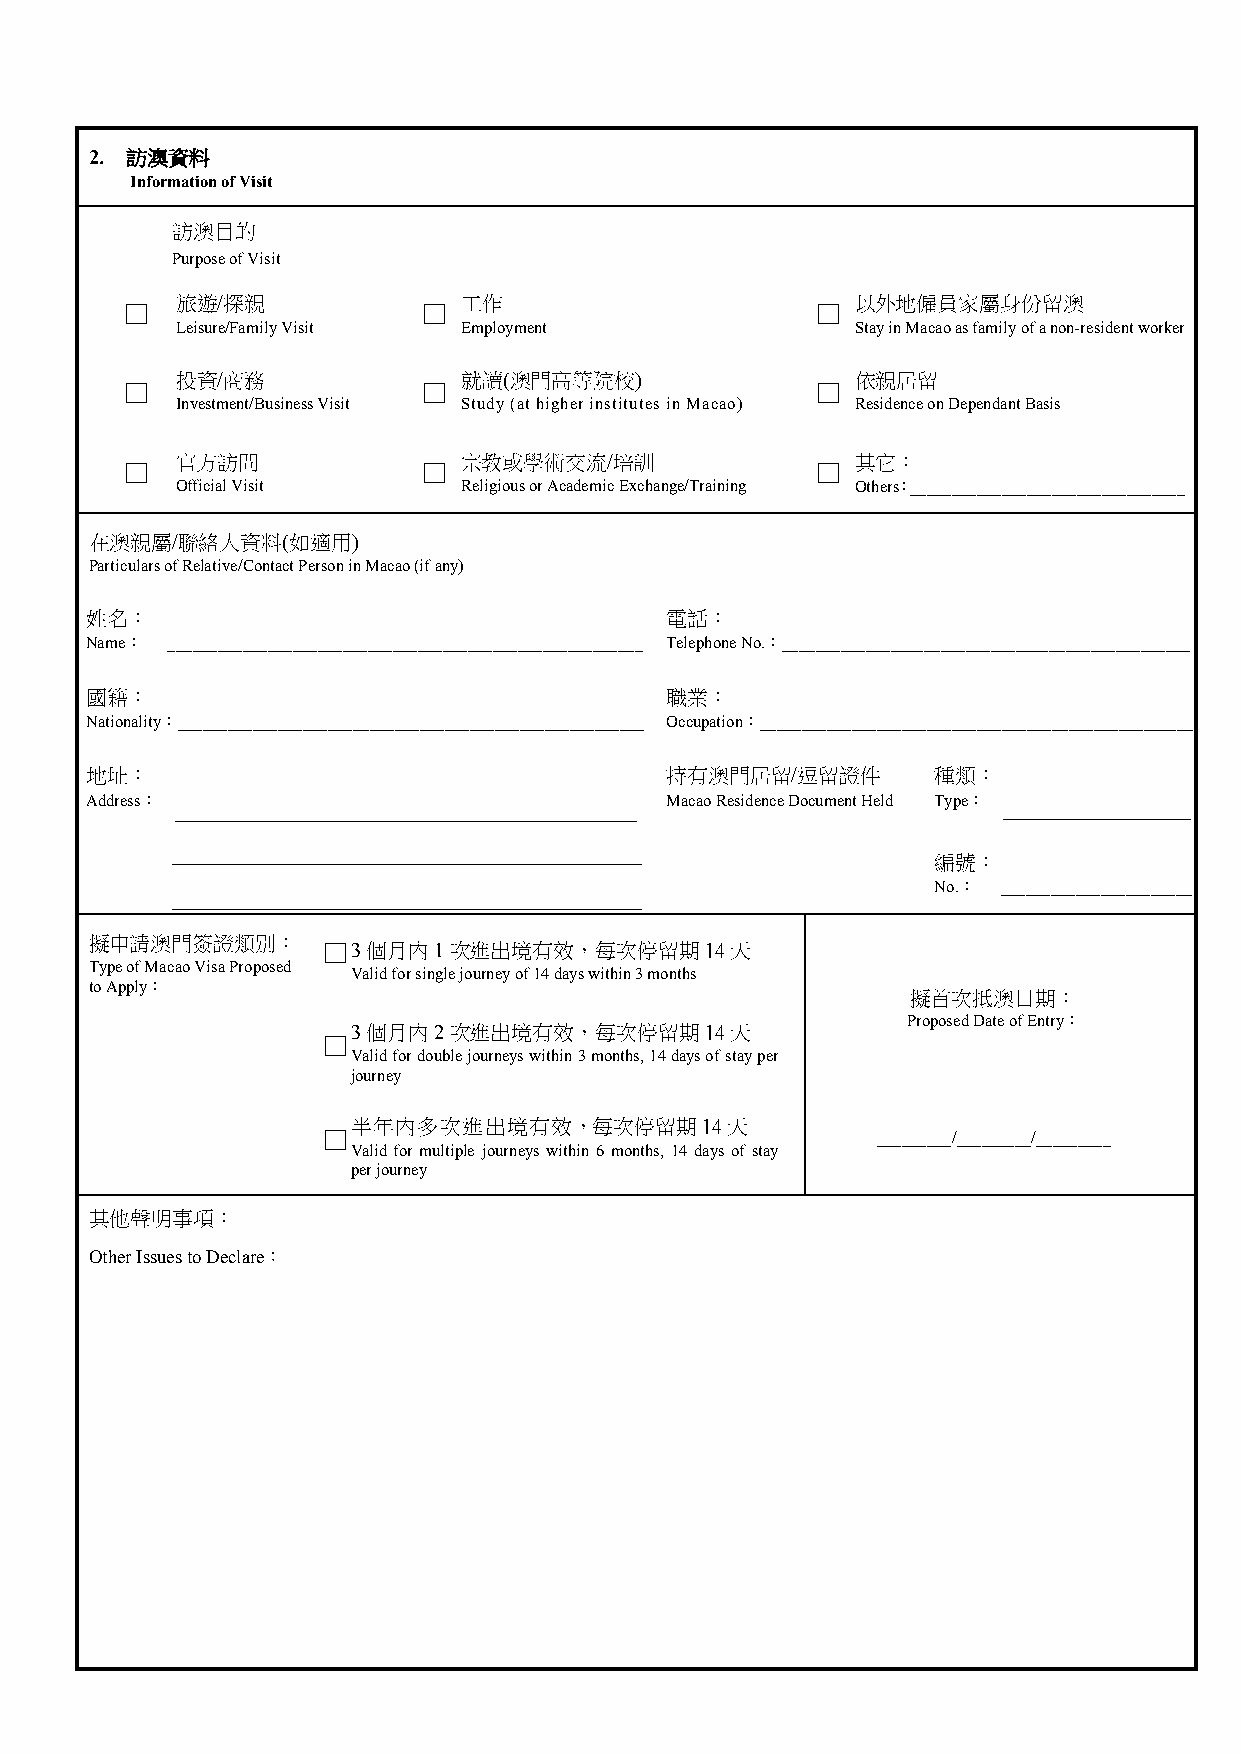
2. 訪澳資料
 . Information of Visit
 訪澳目的
 Purpose of Visit
 旅遊/探親              工作                        以外地僱員家屬身份留澳
 □                   □                         □
 Leisure/Family Visit Employment              Stay in Macao as family of a non-resident worker
 投資/商務              就讀(澳門高等院校)                依親居留
 □                   □                         □
 Investment/Business Visit Study (at higher institutes in Macao) Residence on Dependant Basis
 官方訪問               宗教或學術交流/培訓                其它：
 □                   □                         □
 Official Visit     Religious or Academic Exchange/Training Others：_________________________________
 在澳親屬/聯絡人資料(如適用)
 Particulars of Relative/Contact Person in Macao (if any)
 姓名：                                   電話：
 Name： _________________________________________________________ Telephone No.：_________________________________________________
 國籍：                                   職業：
 Nationality：________________________________________________________ Occupation：____________________________________________________
 地址：                                   持有澳門居留/逗留證件       種類：
 Address： _____________________________________ Macao Residence Document Held Type： _______________
 _____________________________________________
 編號：
 No.： _______________________
 _____________________________________________
 擬申請澳門簽證類別：
 □ 3個月內1次進出境有效，每次停留期14天
 Type of Macao Visa Proposed
 Valid for single journey of 14 days within 3 months
 to Apply：
 擬首次抵澳日期：
 Proposed Date of Entry：
 3個月內2次進出境有效，每次停留期14天
 □
 Valid for double journeys within 3 months, 14 days of stay per
 journey
 半年內多次進出境有效，每次停留期14天
 □                                    _________/_________/_________
 Valid for multiple journeys within 6 months, 14 days of stay
 per journey
 其他聲明事項：
 Other Issues to Declare：